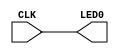
`timescale 1ns / 1ps
//////////////////////////////////////////////////////////////////////////////////
// Company: 
// Engineer: 
// 
// Design Name: 
// Module Name:    ex_SWLED_VERILOG 
// Project Name: 
// Target Devices: 
// Tool versions: 
// Description: 
//
// Dependencies: 
//
// Revision: 
// Revision 0.01 - File Created
// Additional Comments: 
//
//////////////////////////////////////////////////////////////////////////////////
module ex_SWLED_VERILOG(
    input CLK,
    output LED0
    );

assign LED0 = CLK;

endmodule